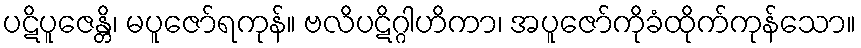
ပဋိပူဇေန္တိ၊ မပူဇော်ရကုန်။ ဗလိပဋိဂ္ဂါဟိကာ၊ အပူဇော်ကိုခံထိုက်ကုန်သော။